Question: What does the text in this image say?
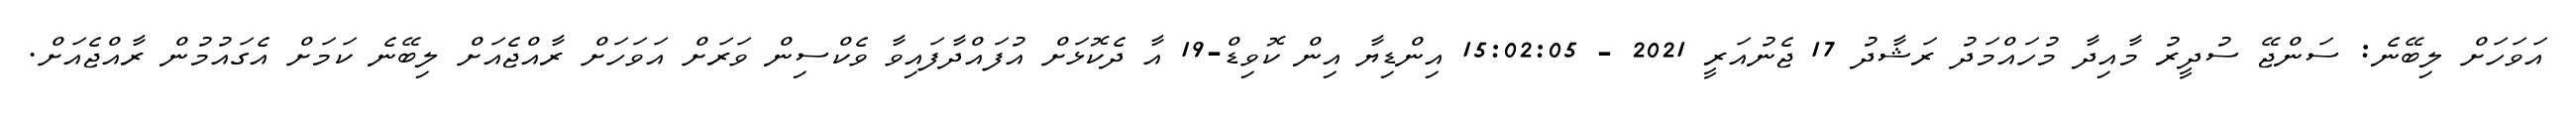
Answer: އަވަހަށް ލިބޭނެ: ސަންޖޭ ސުދީރު މާއިދާ މުހައްމަދު ރަޝާދު 17 ޖެނުއަރީ 2021 - 15:02:05 އިންޑިޔާ އިން ކޮވިޑް-19 އާ ދެކޮޅަށް އުފައްދާފައިވާ ވެކްސިން ވަރަށް އަވަހަށް ރާއްޖެއަށް ލިބޭނެ ކަމަށް އެގައުމުން ރާއްޖެއަށް.